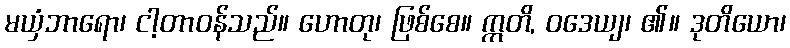
မယှံဘာရော၊ ငါ့တာဝန်သည်။ ဟောတု၊ ဖြစ်စေ။ ဣတိ, ဝဒေယျ၊ ၏။ ဒုတိယော၊